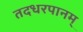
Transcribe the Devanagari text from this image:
तदधरपानम्